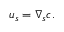
u _ { s } = \nabla _ { s } c .